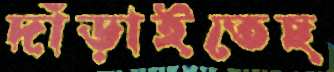
দাঁড়াইতেছ